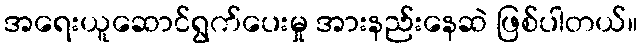
အရေးယူဆောင်ရွက်ပေးမှု အားနည်းနေဆဲ ဖြစ်ပါတယ်။